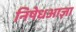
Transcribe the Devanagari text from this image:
निषेधआज्ञा